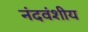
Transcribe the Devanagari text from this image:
नंदवंशीय